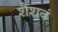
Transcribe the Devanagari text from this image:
शैशवं